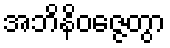
အဘိနိဝဇ္ဇေတွာ